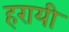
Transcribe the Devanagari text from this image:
हरायी